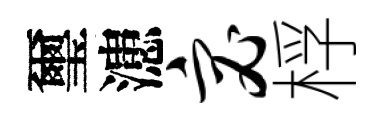
璽漶宓桴